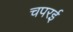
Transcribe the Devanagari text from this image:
चपरई